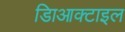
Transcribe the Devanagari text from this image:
डािआक्टाइल